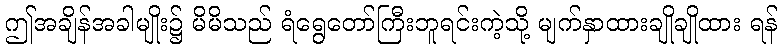
ဤအချိန်အခါမျိုး၌ မိမိသည် ရံရွေတော်ကြီးဘူရင်းကဲ့သို့ မျက်နှာထားချိုချိုထား ရန်